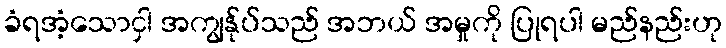
ခံရအံ့သောငှါ အကျွန်ုပ်သည် အဘယ် အမှုကို ပြုရပါ မည်နည်းဟု